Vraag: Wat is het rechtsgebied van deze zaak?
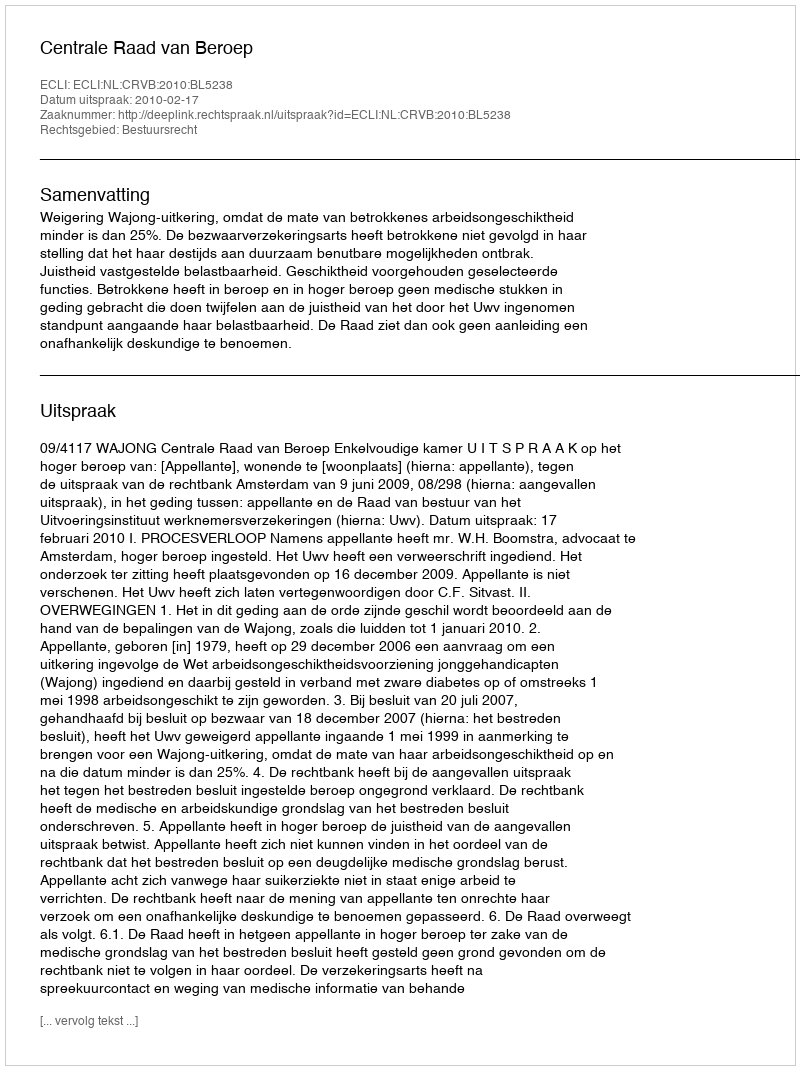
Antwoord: Bestuursrecht